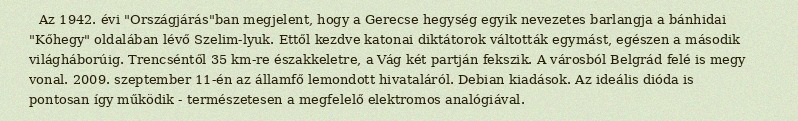
Az 1942. évi "Országjárás"ban megjelent, hogy a Gerecse hegység egyik nevezetes barlangja a bánhidai "Kőhegy" oldalában lévő Szelim-lyuk. Ettől kezdve katonai diktátorok váltották egymást, egészen a második világháborúig. Trencséntől 35 km-re északkeletre, a Vág két partján fekszik. A városból Belgrád felé is megy vonal. 2009. szeptember 11-én az államfő lemondott hivataláról. Debian kiadások. Az ideális dióda is pontosan így működik - természetesen a megfelelő elektromos analógiával.